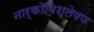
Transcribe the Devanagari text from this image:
नार्कोविश्लेषण